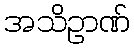
အသိဥာဏ်